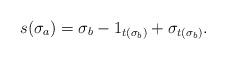
LaTeX: \begin{align*}s(\sigma_a) = \sigma_b - 1_{t(\sigma_b)} + \sigma_{t(\sigma_b)}.\end{align*}